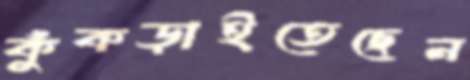
কুঁকড়াইতেছেন